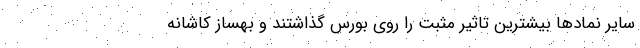
سایر نمادها بیشترین تاثیر مثبت را روی بورس گذاشتند و بهساز کاشانه